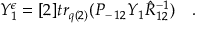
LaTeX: Y _ { 1 } ^ { \epsilon } = [ 2 ] t r _ { q ( 2 ) } ( P _ { - \, 1 2 } Y _ { 1 } \hat { R } _ { 1 2 } ^ { - 1 } ) \quad .